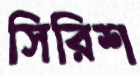
সিরিশ